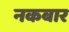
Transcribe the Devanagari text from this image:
नकबार